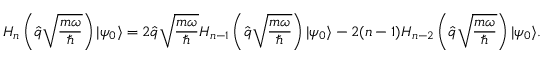
H _ { n } \left( \hat { q } \sqrt { \frac { m \omega } { \hbar } } \right) | \psi _ { 0 } \rangle = 2 \hat { q } \sqrt { \frac { m \omega } { \hbar } } H _ { n - 1 } \left( \hat { q } \sqrt { \frac { m \omega } { \hbar } } \right) | \psi _ { 0 } \rangle - 2 ( n - 1 ) H _ { n - 2 } \left( \hat { q } \sqrt { \frac { m \omega } { \hbar } } \right) | \psi _ { 0 } \rangle .